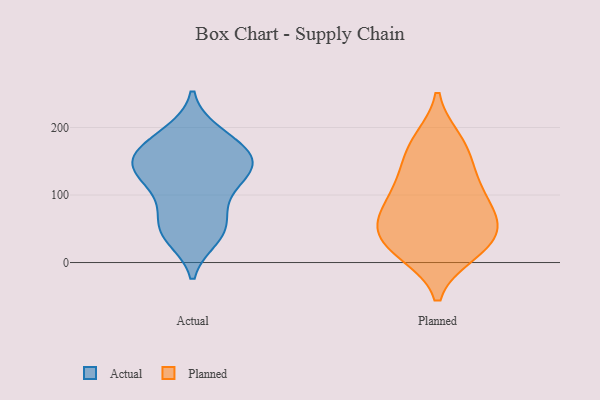
{"axis": {"x": "Customer Acquisition Cost (USD)", "y": "Value"}, "legend": ["Actual", "Planned"], "data": [{"x": "", "y": 97, "type": "Actual"}, {"x": "", "y": 52, "type": "Actual"}, {"x": "", "y": 146, "type": "Actual"}, {"x": "", "y": 134, "type": "Actual"}, {"x": "", "y": 73, "type": "Actual"}, {"x": "", "y": 136, "type": "Actual"}, {"x": "", "y": 151, "type": "Actual"}, {"x": "", "y": 105, "type": "Actual"}, {"x": "", "y": 129, "type": "Actual"}, {"x": "", "y": 46, "type": "Actual"}, {"x": "", "y": 173, "type": "Actual"}, {"x": "", "y": 144, "type": "Actual"}, {"x": "", "y": 165, "type": "Actual"}, {"x": "", "y": 190, "type": "Actual"}, {"x": "", "y": 43, "type": "Actual"}, {"x": "", "y": 192, "type": "Actual"}, {"x": "", "y": 159, "type": "Actual"}, {"x": "", "y": 37, "type": "Actual"}, {"x": "", "y": 15, "type": "Planned"}, {"x": "", "y": 63, "type": "Planned"}, {"x": "", "y": 178, "type": "Planned"}, {"x": "", "y": 156, "type": "Planned"}, {"x": "", "y": 123, "type": "Planned"}, {"x": "", "y": 42, "type": "Planned"}, {"x": "", "y": 23, "type": "Planned"}, {"x": "", "y": 103, "type": "Planned"}, {"x": "", "y": 60, "type": "Planned"}, {"x": "", "y": 75, "type": "Planned"}, {"x": "", "y": 37, "type": "Planned"}, {"x": "", "y": 122, "type": "Planned"}, {"x": "", "y": 76, "type": "Planned"}, {"x": "", "y": 181, "type": "Planned"}, {"x": "", "y": 14, "type": "Planned"}]}